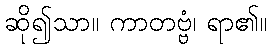
ဆို၍သာ။ ကာတဗ္ဗံ၊ ရာ၏။